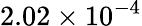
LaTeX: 2.02\times 10^{-4}